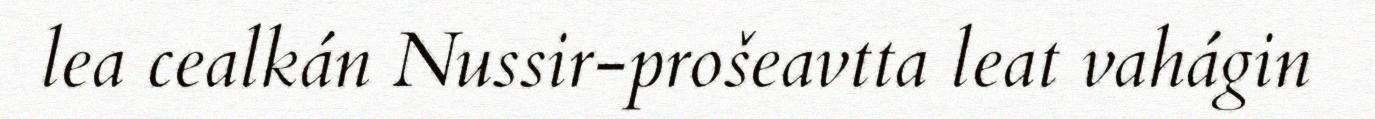
lea cealkán Nussir-prošeavtta leat vahágin